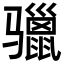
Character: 𩨐